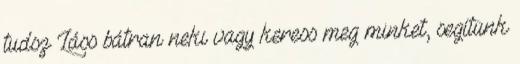
tudsz Láss bátran neki vagy keress meg minket, segítünk